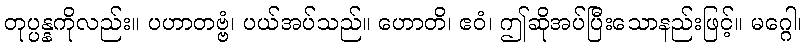
တုပ္ပန္နကိုလည်း။ ပဟာတဗ္ဗံ၊ ပယ်အပ်သည်။ ဟောတိ၊ ဧဝံ၊ ဤဆိုအပ်ပြီးသောနည်းဖြင့်။ မဂ္ဂေါ၊